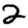
Digit: 2